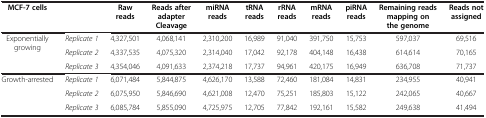
| MCF-7 cells |  | Raw reads | Reads after adapter Cleavage | miRNA reads | tRNA reads | rRNA reads | mRNA reads | piRNA reads | Remaining reads mapping on the genome | Reads not assigned |
 | --- | --- | --- | --- | --- | --- | --- | --- | --- | --- | --- |
 | Exponentially growing | Replicate 1 | 4,327,501 | 4,068,141 | 2,310,200 | 16,989 | 91,040 | 391,750 | 15,753 | 597,037 | 69,516 |
 |  | Replicate 2 | 4,337,535 | 4,075,320 | 2,314,040 | 17,042 | 92,178 | 404,148 | 16,438 | 614,614 | 70,165 |
 |  | Replicate 3 | 4,354,046 | 4,091,633 | 2,374,218 | 17,737 | 94,961 | 420,175 | 16,949 | 636,708 | 71,737 |
 | Growth-arrested | Replicate 1 | 6,071,484 | 5,844,875 | 4,626,170 | 13,588 | 72,460 | 181,084 | 14,831 | 234,955 | 40,941 |
 |  | Replicate 2 | 6,075,950 | 5,846,690 | 4,621,008 | 12,470 | 75,251 | 185,803 | 15,122 | 242,065 | 40,667 |
 |  | Replicate 3 | 6,085,784 | 5,855,090 | 4,725,975 | 12,705 | 77,842 | 192,161 | 15,582 | 249,638 | 41,494 |